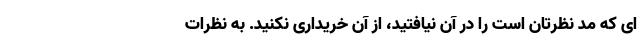
ای که مد نظرتان است را در آن نیافتید، از آن خریداری نکنید. به نظرات